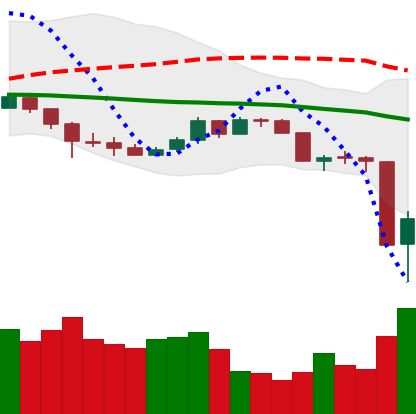
Ticker: DOGE-USD
Chart end date: 2020-03-13
Forward return: -9.896%
Label: down_7plus